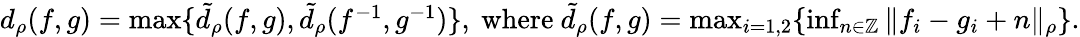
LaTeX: \begin{array}{r}{d_{\rho}(f,g)=\operatorname*{max}\{ \tilde{d}_{\rho}(f,g),\tilde{d}_{\rho}(f^{-1},g^{-1})\} ,\mathrm{~where~}\tilde{d}_{\rho}(f,g)=\operatorname*{max}_{i=1,2}\{ \operatorname*{inf}_{n\in\mathbb{Z}}\| f_{i}-g_{i}+n\| _{\rho}\} .}\end{array}